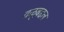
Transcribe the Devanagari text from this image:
वळूबद्दल